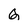
Character: G